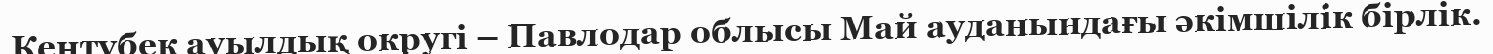
Кеңтүбек ауылдық округі – Павлодар облысы Май ауданындағы әкімшілік бірлік.